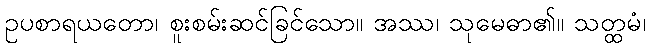
ဥပစာရယတော၊ စူးစမ်းဆင်ခြင်သော။ အဿ၊ သုမေဓာ၏။ သတ္ထမံ၊